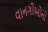
વાનગીઅોનો